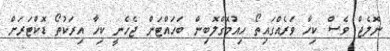
ނޮލެޖް ވެސް ކިހާ ވަރެއްގައިތޯ ހިއުމޮގްލޮބިން ބަހައްޓަން ޖެހެނީ ކިހާ އިރަކުތޯ ޑޮކްޓަރަށް